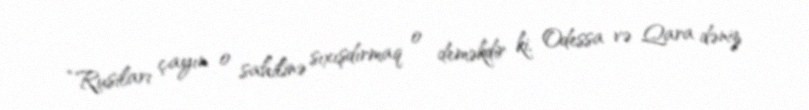
“Rusiları çayın o sahilinə sıxışdırmaq o deməkdir ki, Odessa və Qara dəniz